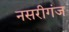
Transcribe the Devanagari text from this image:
नसरीगंज